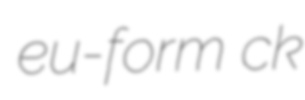
eu-form ck